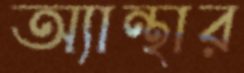
অ্যান্থার